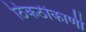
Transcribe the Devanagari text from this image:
ठिकठीकाणी